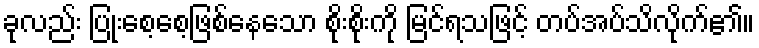
ခုလည်း ပြုံးစေ့စေ့ဖြစ်နေသော စိုးစိုးကို မြင်ရသဖြင့် တပ်အပ်သိလိုက်၏။